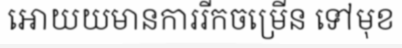
អោយយមានការរីកចម្រើន ទៅមុខ